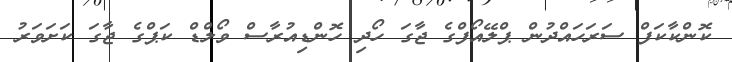
ކޮންކާކަފް ސަރަހައްދުން ޕްލޭއޯފްގެ ޖާގަ ހޯދި ހޮންޑިއުރާސް ވޯލްޑް ކަޕްގެ ޖާގަ ކަށަވަރު